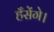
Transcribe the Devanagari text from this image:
हँसेंगे।